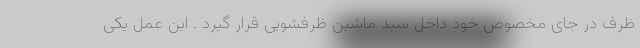
ظرف در جای مخصوص خود داخل سبد ماشین ظرفشویی قرار گیرد . این عمل یکی